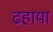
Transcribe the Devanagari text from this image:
ढहाया